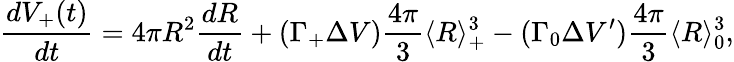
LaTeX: \frac{dV_{+}(t)}{dt}=4\pi R^{2}\frac{dR}{dt}+(\Gamma_{+}\Delta V)\frac{4\pi}{3}\langle R\rangle_{+}^{3}-(\Gamma_{0}\Delta V^{\prime})\frac{4\pi}{3}\langle R\rangle_{0}^{3},